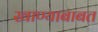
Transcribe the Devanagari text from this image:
खाण्याबाबत